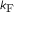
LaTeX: k _ { \mathrm { { F } } }